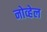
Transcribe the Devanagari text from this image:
नोव्हेल